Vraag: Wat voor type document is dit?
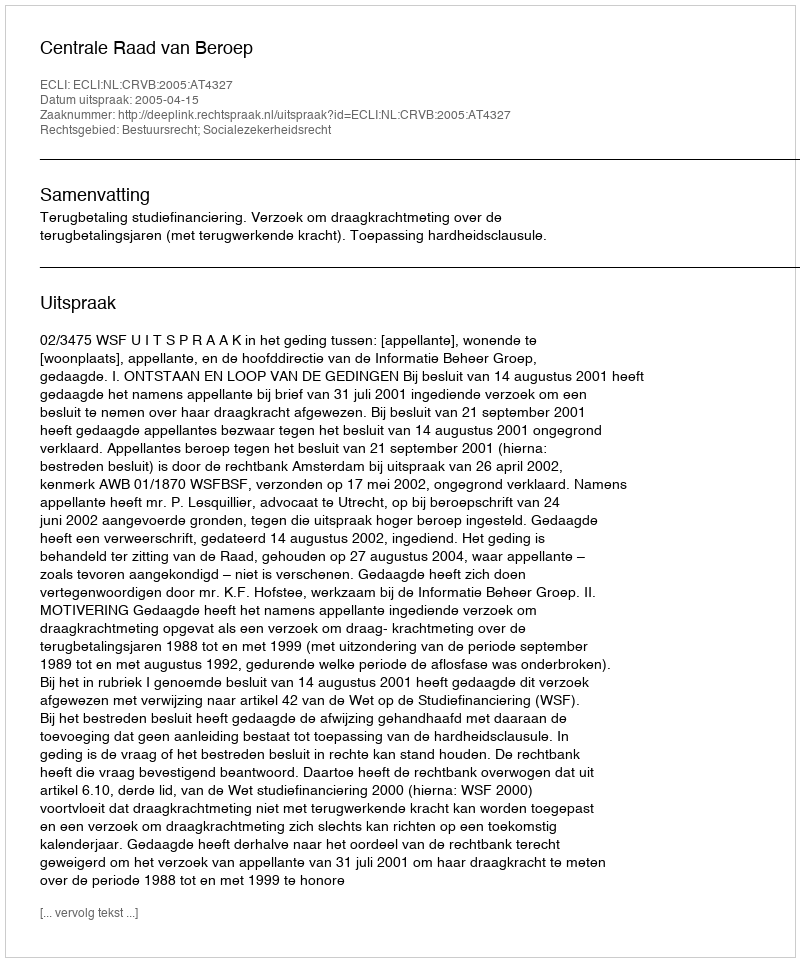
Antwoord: Uitspraak